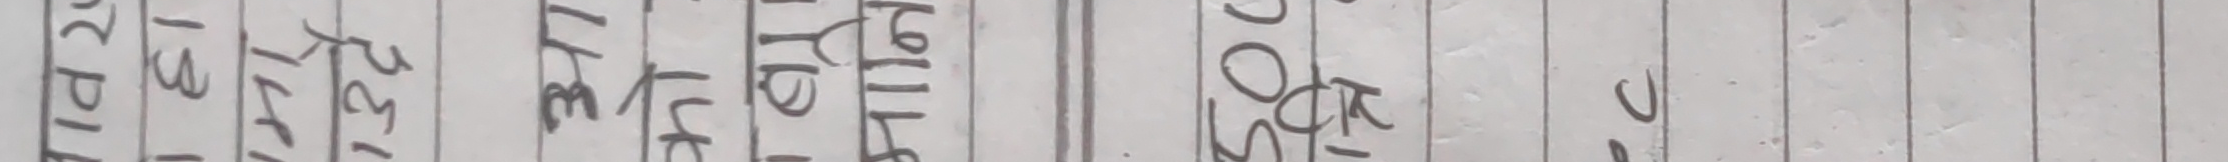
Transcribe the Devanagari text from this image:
भोलि रेह